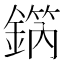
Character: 𨪗